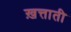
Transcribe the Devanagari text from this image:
ख़त्ताती